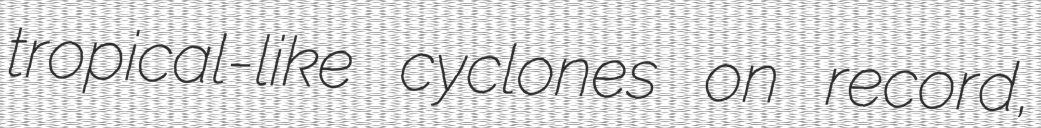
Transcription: tropical-like cyclones on record,